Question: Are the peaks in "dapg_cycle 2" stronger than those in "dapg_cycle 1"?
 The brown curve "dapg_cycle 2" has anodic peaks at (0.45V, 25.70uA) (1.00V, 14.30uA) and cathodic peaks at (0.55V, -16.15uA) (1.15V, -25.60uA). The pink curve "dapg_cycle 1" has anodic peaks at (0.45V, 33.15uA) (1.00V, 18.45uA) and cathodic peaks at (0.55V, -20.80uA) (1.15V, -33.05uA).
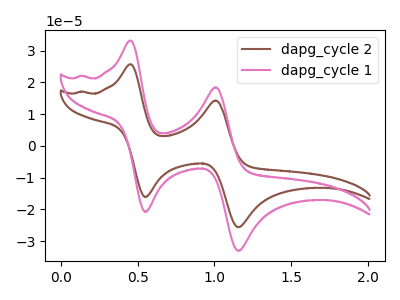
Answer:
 <answer>Every peak in "dapg_cycle 2" is lower than every peak in "dapg_cycle 1".</answer>
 <eval>lower</eval>